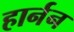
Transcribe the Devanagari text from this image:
हार्नन